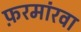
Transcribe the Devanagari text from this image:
फ़रमांरवा